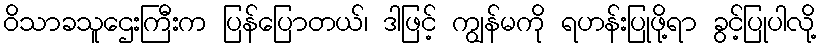
ဝိသာခသူဌေးကြီးက ပြန်ပြောတယ်၊ ဒါဖြင့် ကျွန်မကို ရဟန်းပြုဖို့ရာ ခွင့်ပြုပါလို့